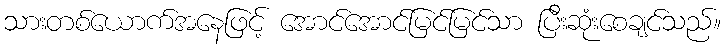
သားတစ်ယောက်အနေဖြင့် အောင်အောင်မြင်မြင်သာ ပြီးဆုံးစေချင်သည်။